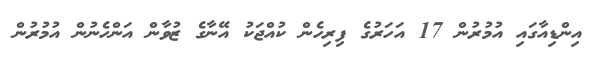
އިންޑިއާގައި އުމުރުން 17 އަހަރުގެ ފިރިހެން ކުއްޖަކު އޭނާގެ ޒުވާން އަންހެނުން އުމުރުން